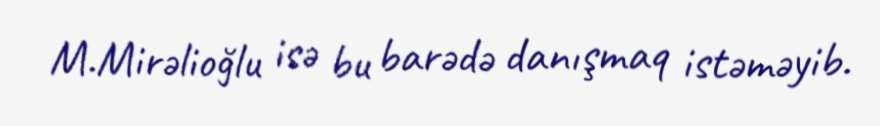
M.Mirəlioğlu isə bu barədə danışmaq istəməyib.